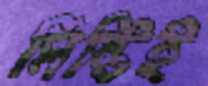
মিষ্টিই